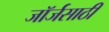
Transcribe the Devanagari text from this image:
जॉर्जसाठी